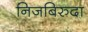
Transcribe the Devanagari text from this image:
निजबिरुदा